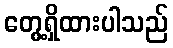
တွေ့ရှိထားပါသည်